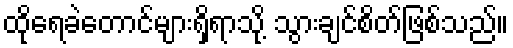
ထိုရေခဲတောင်များရှိရာသို့ သွားချင်စိတ်ဖြစ်သည်။